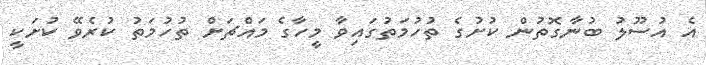
އެ އުސޫލު ބުނާގޮތުން ކުށުގެ ތުހުމަތުގައިވާ މީހާގެ މައްޗަށް ތުހުމަތު ކުރެވޭ ކުށަކީ